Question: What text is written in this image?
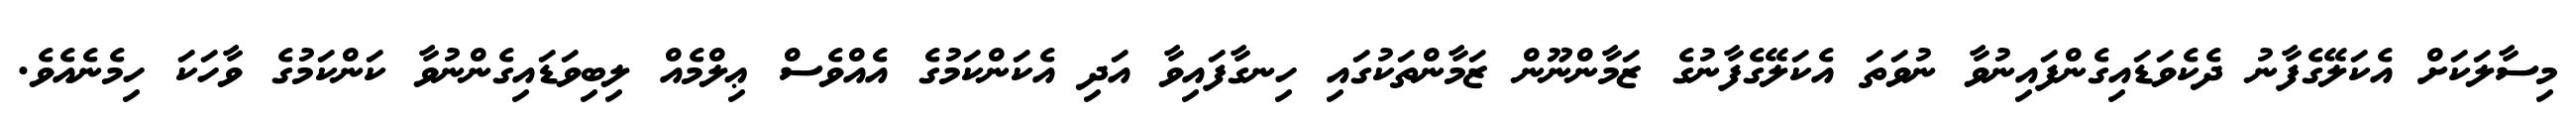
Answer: މިސާލަކަށް އެކަލޭގެފާނު ދެކެވަޑައިގެންފައިނުވާ ނުވަތަ އެކަލޭގެފާނުގެ ޒަމާންނޫން ޒަމާންތަކުގައި ހިނގާފައިވާ އަދި އެކަންކަމުގެ އެއްވެސް ޢިލްމެއް ލިބިވަޑައިގެންނުވާ ކަންކަމުގެ ވާހަކަ ހިމެނެއެވެ.